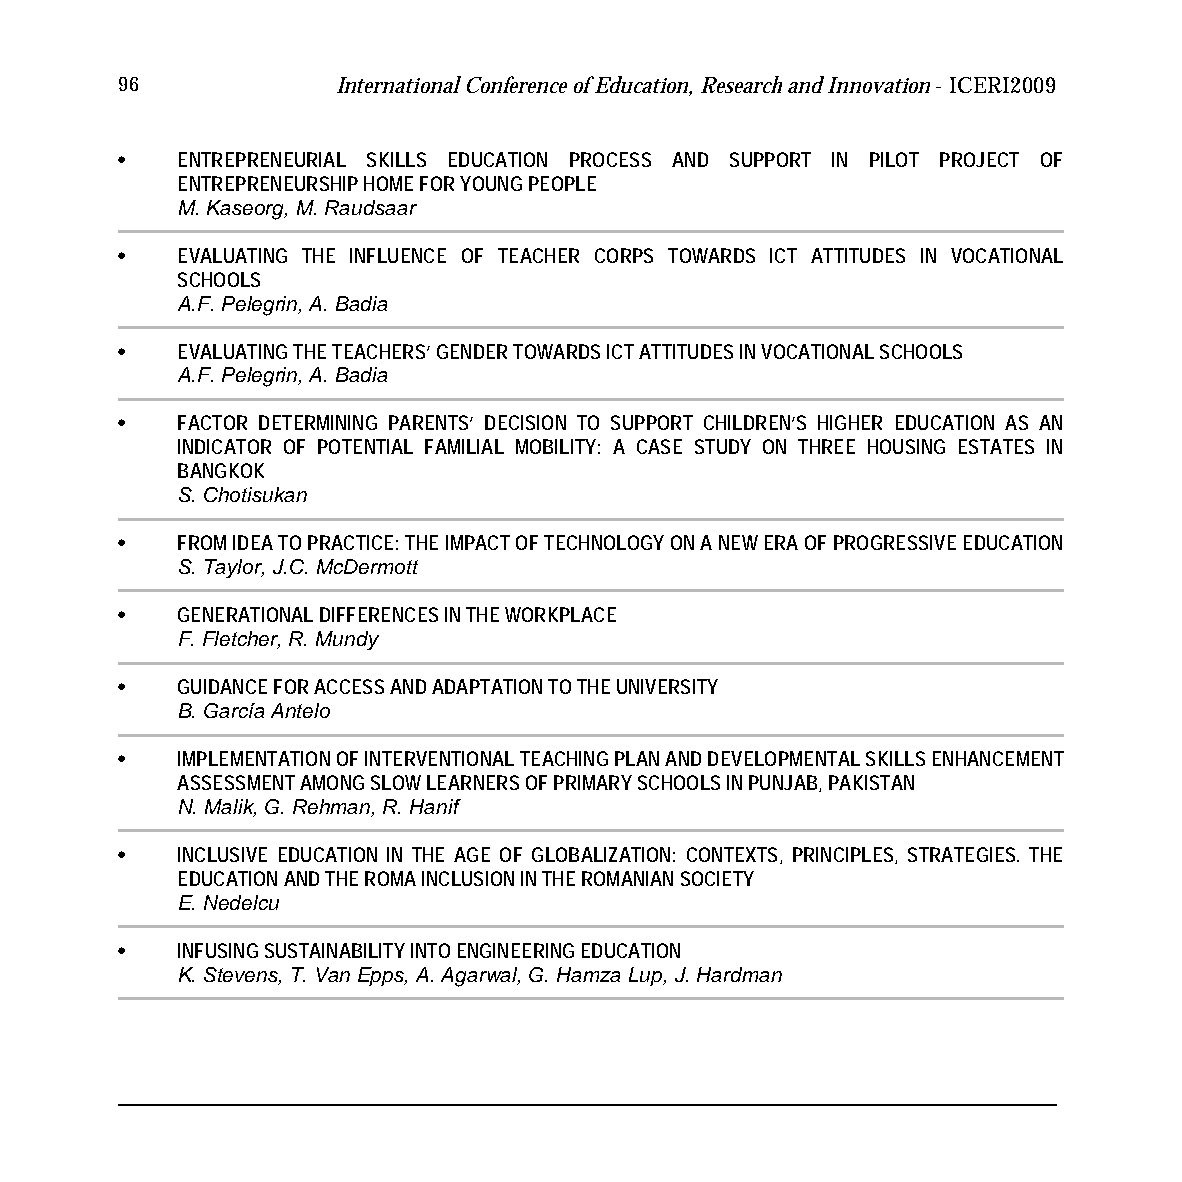
96            International Conference of Education, Research and Innovation - ICERI2009
 •   ENTREPRENEURIAL SKILLS EDUCATION PROCESS AND SUPPORT IN PILOT PROJECT OF
 ENTREPRENEURSHIP HOME FOR YOUNG PEOPLE
 M. Kaseorg, M. Raudsaar
 •   EVALUATING THE INFLUENCE OF TEACHER CORPS TOWARDS ICT ATTITUDES IN VOCATIONAL
 SCHOOLS
 A.F. Pelegrin, A. Badia
 •   EVALUATING THE TEACHERS’ GENDER TOWARDS ICT ATTITUDES IN VOCATIONAL SCHOOLS
 A.F. Pelegrin, A. Badia
 •   FACTOR DETERMINING PARENTS’ DECISION TO SUPPORT CHILDREN’S HIGHER EDUCATION AS AN
 INDICATOR OF POTENTIAL FAMILIAL MOBILITY: A CASE STUDY ON THREE HOUSING ESTATES IN
 BANGKOK
 S. Chotisukan
 •   FROM IDEA TO PRACTICE: THE IMPACT OF TECHNOLOGY ON A NEW ERA OF PROGRESSIVE EDUCATION
 S. Taylor, J.C. McDermott
 •   GENERATIONAL DIFFERENCES IN THE WORKPLACE
 F. Fletcher, R. Mundy
 •   GUIDANCE FOR ACCESS AND ADAPTATION TO THE UNIVERSITY
 B. García Antelo
 •   IMPLEMENTATION OF INTERVENTIONAL TEACHING PLAN AND DEVELOPMENTAL SKILLS ENHANCEMENT
 ASSESSMENT AMONG SLOW LEARNERS OF PRIMARY SCHOOLS IN PUNJAB, PAKISTAN
 N. Malik, G. Rehman, R. Hanif
 •   INCLUSIVE EDUCATION IN THE AGE OF GLOBALIZATION: CONTEXTS, PRINCIPLES, STRATEGIES. THE
 EDUCATION AND THE ROMA INCLUSION IN THE ROMANIAN SOCIETY
 E. Nedelcu
 •   INFUSING SUSTAINABILITY INTO ENGINEERING EDUCATION
 K. Stevens, T. Van Epps, A. Agarwal, G. Hamza Lup, J. Hardman